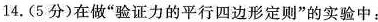
14.(5分)在做”验证力的平行四边形定则”的实验中：